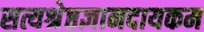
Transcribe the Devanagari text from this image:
सत्यश्रेष्ठज्ञानदायकम